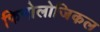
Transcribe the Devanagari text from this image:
फिनोलोजिकल